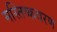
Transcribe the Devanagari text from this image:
मस्तिष्कवरण